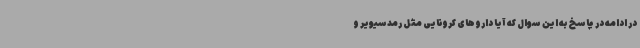
در ادامه در پاسخ به این سوال که آیا داروهای کرونایی مثل رمدسیویر و